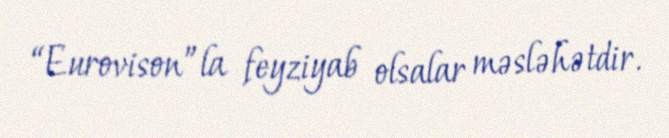
“Eurovison”la feyziyab olsalar məsləhətdir.